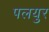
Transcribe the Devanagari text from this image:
पलयुर